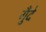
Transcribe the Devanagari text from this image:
गुँदे